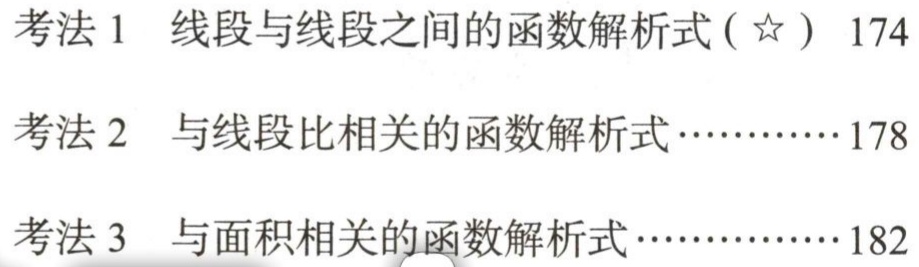
考法 1 线段与线段之间的函数解析式(☆) 174

考法 2 与线段比相关的函数解析式…………178

考法 3 与面积相关的函数解析式……………182